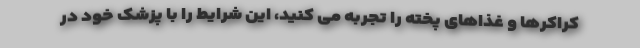
کراکرها و غذاهای پخته را تجربه می کنید، این شرایط را با پزشک خود در